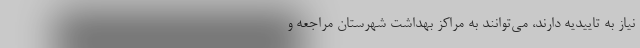
نیاز به تاییدیه دارند، می‌توانند به مراکز بهداشت شهرستان مراجعه و